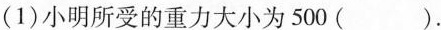
(1)小明所受的重力大小为500( ).